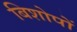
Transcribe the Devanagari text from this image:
बिशोपों